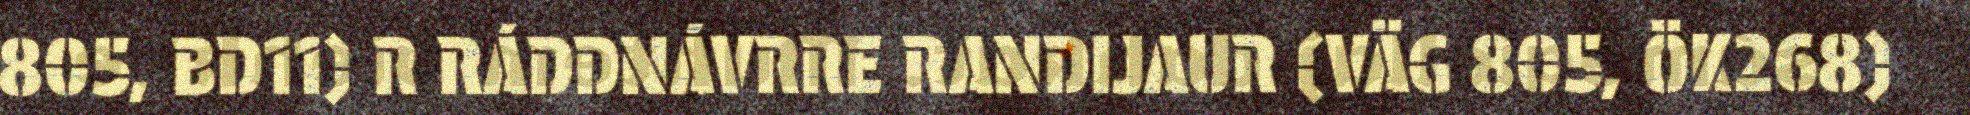
805, BD11) R RÁDDNÁVRRE RANDIJAUR (VÄG 805, ÖK268)